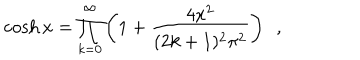
LaTeX: \cosh x = \prod _ { k = 0 } ^ { \infty } \left( 1 + \frac { 4 x ^ { 2 } } { ( 2 k + 1 ) ^ { 2 } \pi ^ { 2 } } \right) \, \, \, ,